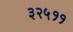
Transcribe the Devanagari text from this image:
३२५११